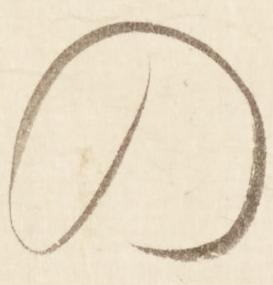
の